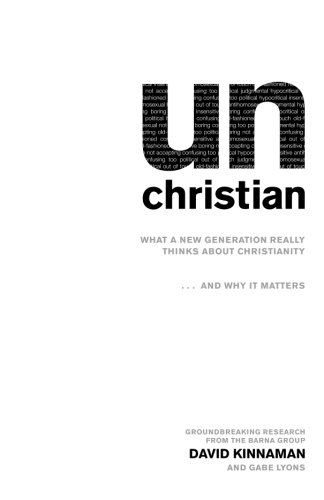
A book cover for unChristian: What a New Generation Really Thinks about Christianity...and Why It Matters; David Kinnaman; Christian Books & Bibles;